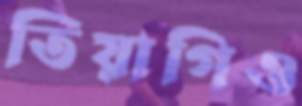
তিয়াগিও